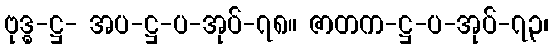
ဗုဒ္ဓ-ဋ္ဌ- အပ-ဋ္ဌ-ပ-အုပ်-၇၈။ ဇာတက-ဋ္ဌ-ပ-အုပ်-၇၃၊